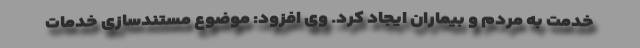
خدمت به مردم و بیماران ایجاد کرد. وی افزود: موضوع مستندسازی خدمات